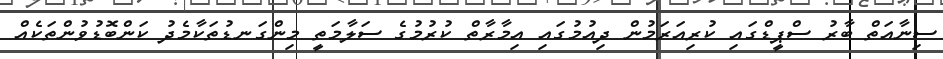
ސިނާއަތް ބާރު ސްޕީޑްގައި ކުރިއަރަމުން ދިއުމުގައި އިމާރާތް ކުރުމުގެ ސަލާމަތީ މިންގަނޑުތަކާމެދު ކަންބޮޑުވުންތަކެއް